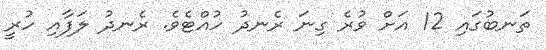
ތަނބުގައި 12 އަށް ވުރެ ގިނަ ރެނދު ހުއްޓެވެ. ރެނދު ލަފާއި ހުރީ